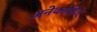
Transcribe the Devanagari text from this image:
अनेकाशित्‌